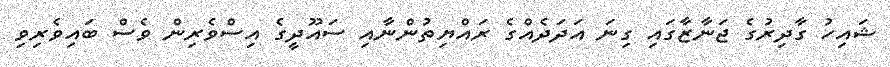
ޝައިހު ގާދިރުގެ ޖަނާޒާގައި ގިނަ އަދަދެއްގެ ރައްޔިތުންނާއި ސައޫދީގެ އިސްވެރިން ވެސް ބައިވެރިވި